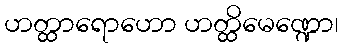
ဟတ္ထာရောဟော ဟတ္ထိမေဏ္ဍော၊